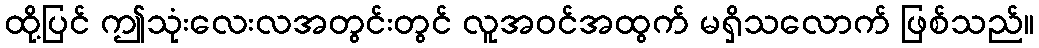
ထို့ပြင် ဤသုံးလေးလအတွင်းတွင် လူအဝင်အထွက် မရှိသလောက် ဖြစ်သည်။